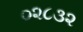
૦૨૮૩૨